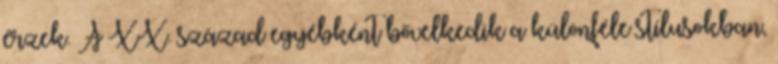
érzek. A XX. század egyébként bővelkedik a különféle stílusokban,